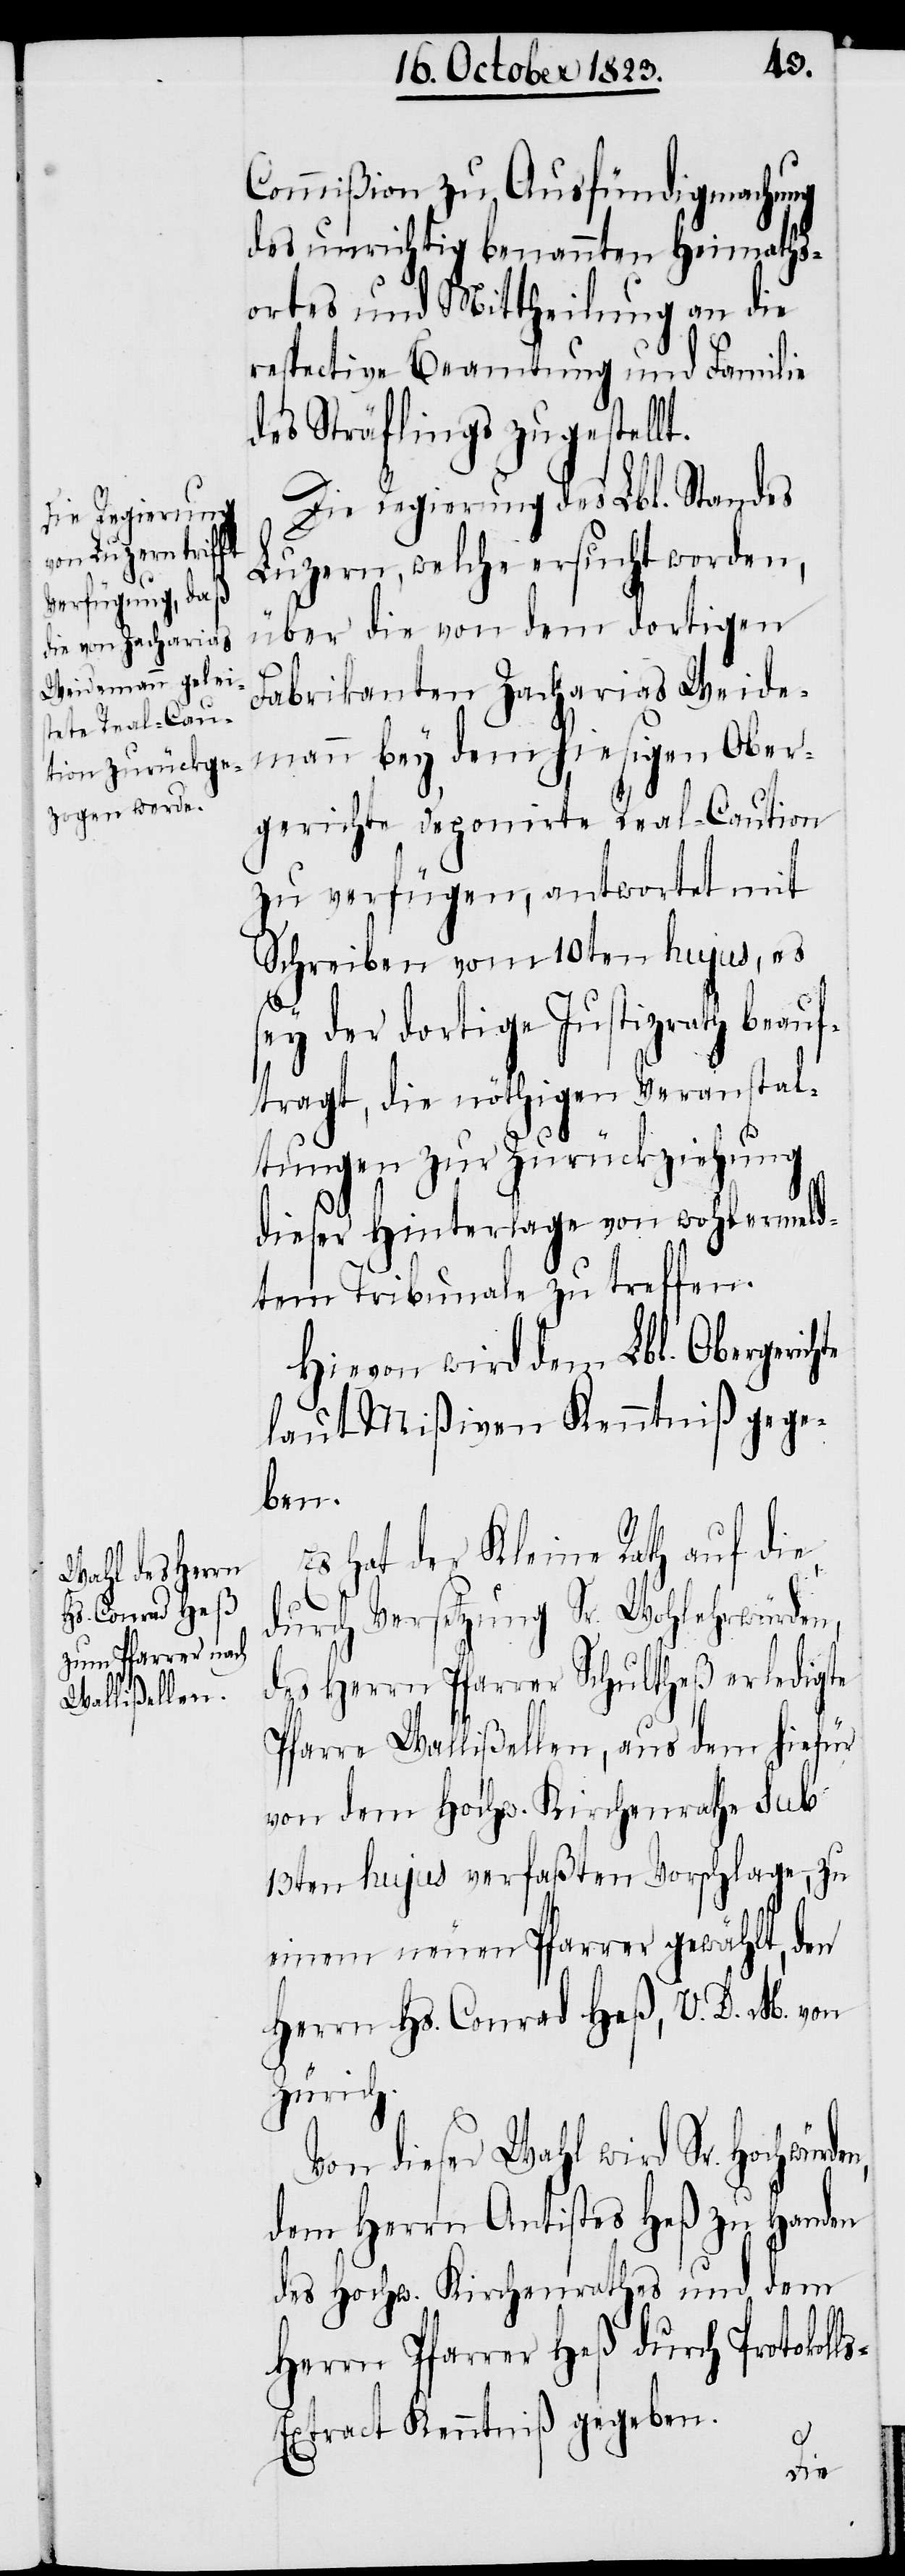
Commißion zu Ausfündigmachung
des unrichtig benannten Heimaths¬
ortes und Mittheilung an die
respective Beamtung und Familie
des Sträflings zugestell¬
Die Regierung des Lbl. Standes
Luzern, welche ersucht worden,
über die von dem dortigen
Fabrikanten Zacharias Weide¬
mann bey dem hiesigen Ober¬
gerichte deponirte Real-Caution
zu verfügen, antwortet mit
Schreiben vom 10ten hujus, es
t.
sey der dortige Justizrath beau¬
ftragt, die nöthigen Veranstal¬
tungen zur Zurückziehung
dieser Hinterlage von wohlermeld¬
tem Tribunale zu treffen.
Hievon wird dem Lbl. Obergerich¬
laut Mißiven Kenntniß gege¬
ben.
Es hat der Kleine Rath auf die
durch Versetzung Sr. Wohlehrwürden,
des Herrn Pfarrer Schultheß erledigte
Pfarre Wallißellen, aus dem hiefür
von dem Hochw. Kirchenrathe sub
13ten hujus verfaßten Vorschlage, zu
einem neuen Pfarrer gewählt, den
Herrn Hs. Conrad Heß, V. D. M. von
Zürich.
Von dieser Wahl wird Sr. Hochwür¬
dem Herrn Antistes Heß zu Handen
des Hochw. Kirchenrathes und dem
Herrn Pfarrer Heß durch Protokoll¬
s-Extract Kenntniß gegeben.
den,